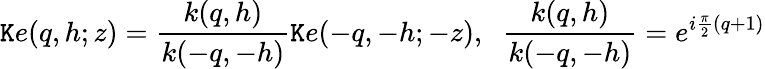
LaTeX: \mathtt{K}e(q,h;z)=\frac{{k(q,h)}}{{k(-q,-h)}}\mathtt{K}e(-q,-h;-z),\; \; \frac{{k(q,h)}}{{k(-q,-h)}}=e^{i\frac{{\pi}}{{2}}(q+1)}